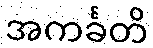
အကင်္ခတိ